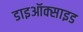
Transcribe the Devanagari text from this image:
डाइऑक्‍साइड